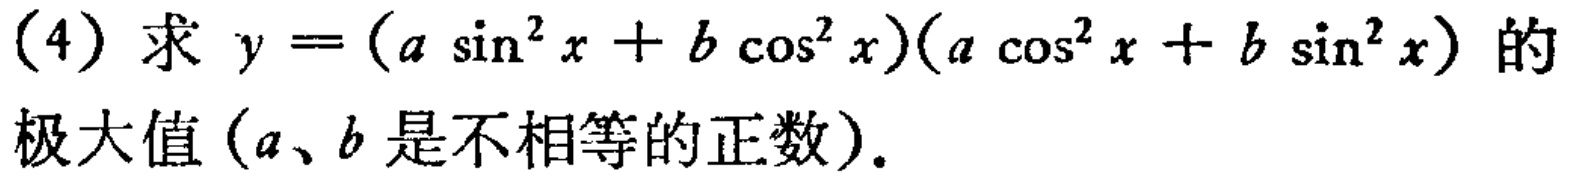
(4) 求 \(y=(a\sin^{2}x + b\cos^{2}x)(a\cos^{2}x + b\sin^{2}x)\) 的极大值 (\(a\)、\(b\) 是不相等的正数).